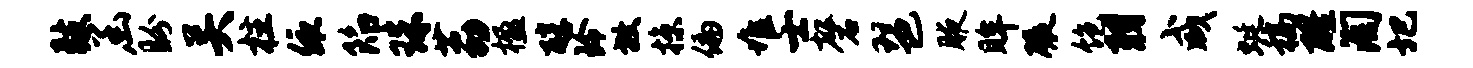
鼓函盼关柱依陷珠荔楹醇玲放掠偏堆士磬琶腋眸碾饱羽咸蜓稿醒淘圯